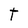
Character: T